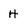
Character: H